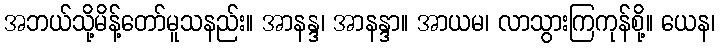
အဘယ်သို့မိန့်တော်မူသနည်း။ အာနန္ဒ၊ အာနန္ဒာ။ အာယမ၊ လာသွားကြကုန်စို့။ ယေန၊